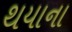
થયાના